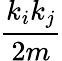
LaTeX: \frac{k_{i}k_{j}}{2m}